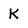
Character: K